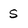
Character: 5